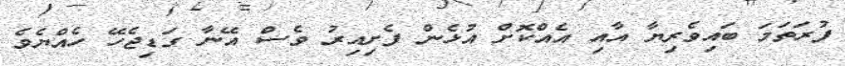
ފުރަތަމަ ބައިވެރިޔާ އާއި އެއްކޮށް އުޅެން ފެށިއިރު ވެސް އޭނާ ގަޑިޖެހޭ ހެއްޔެވެ